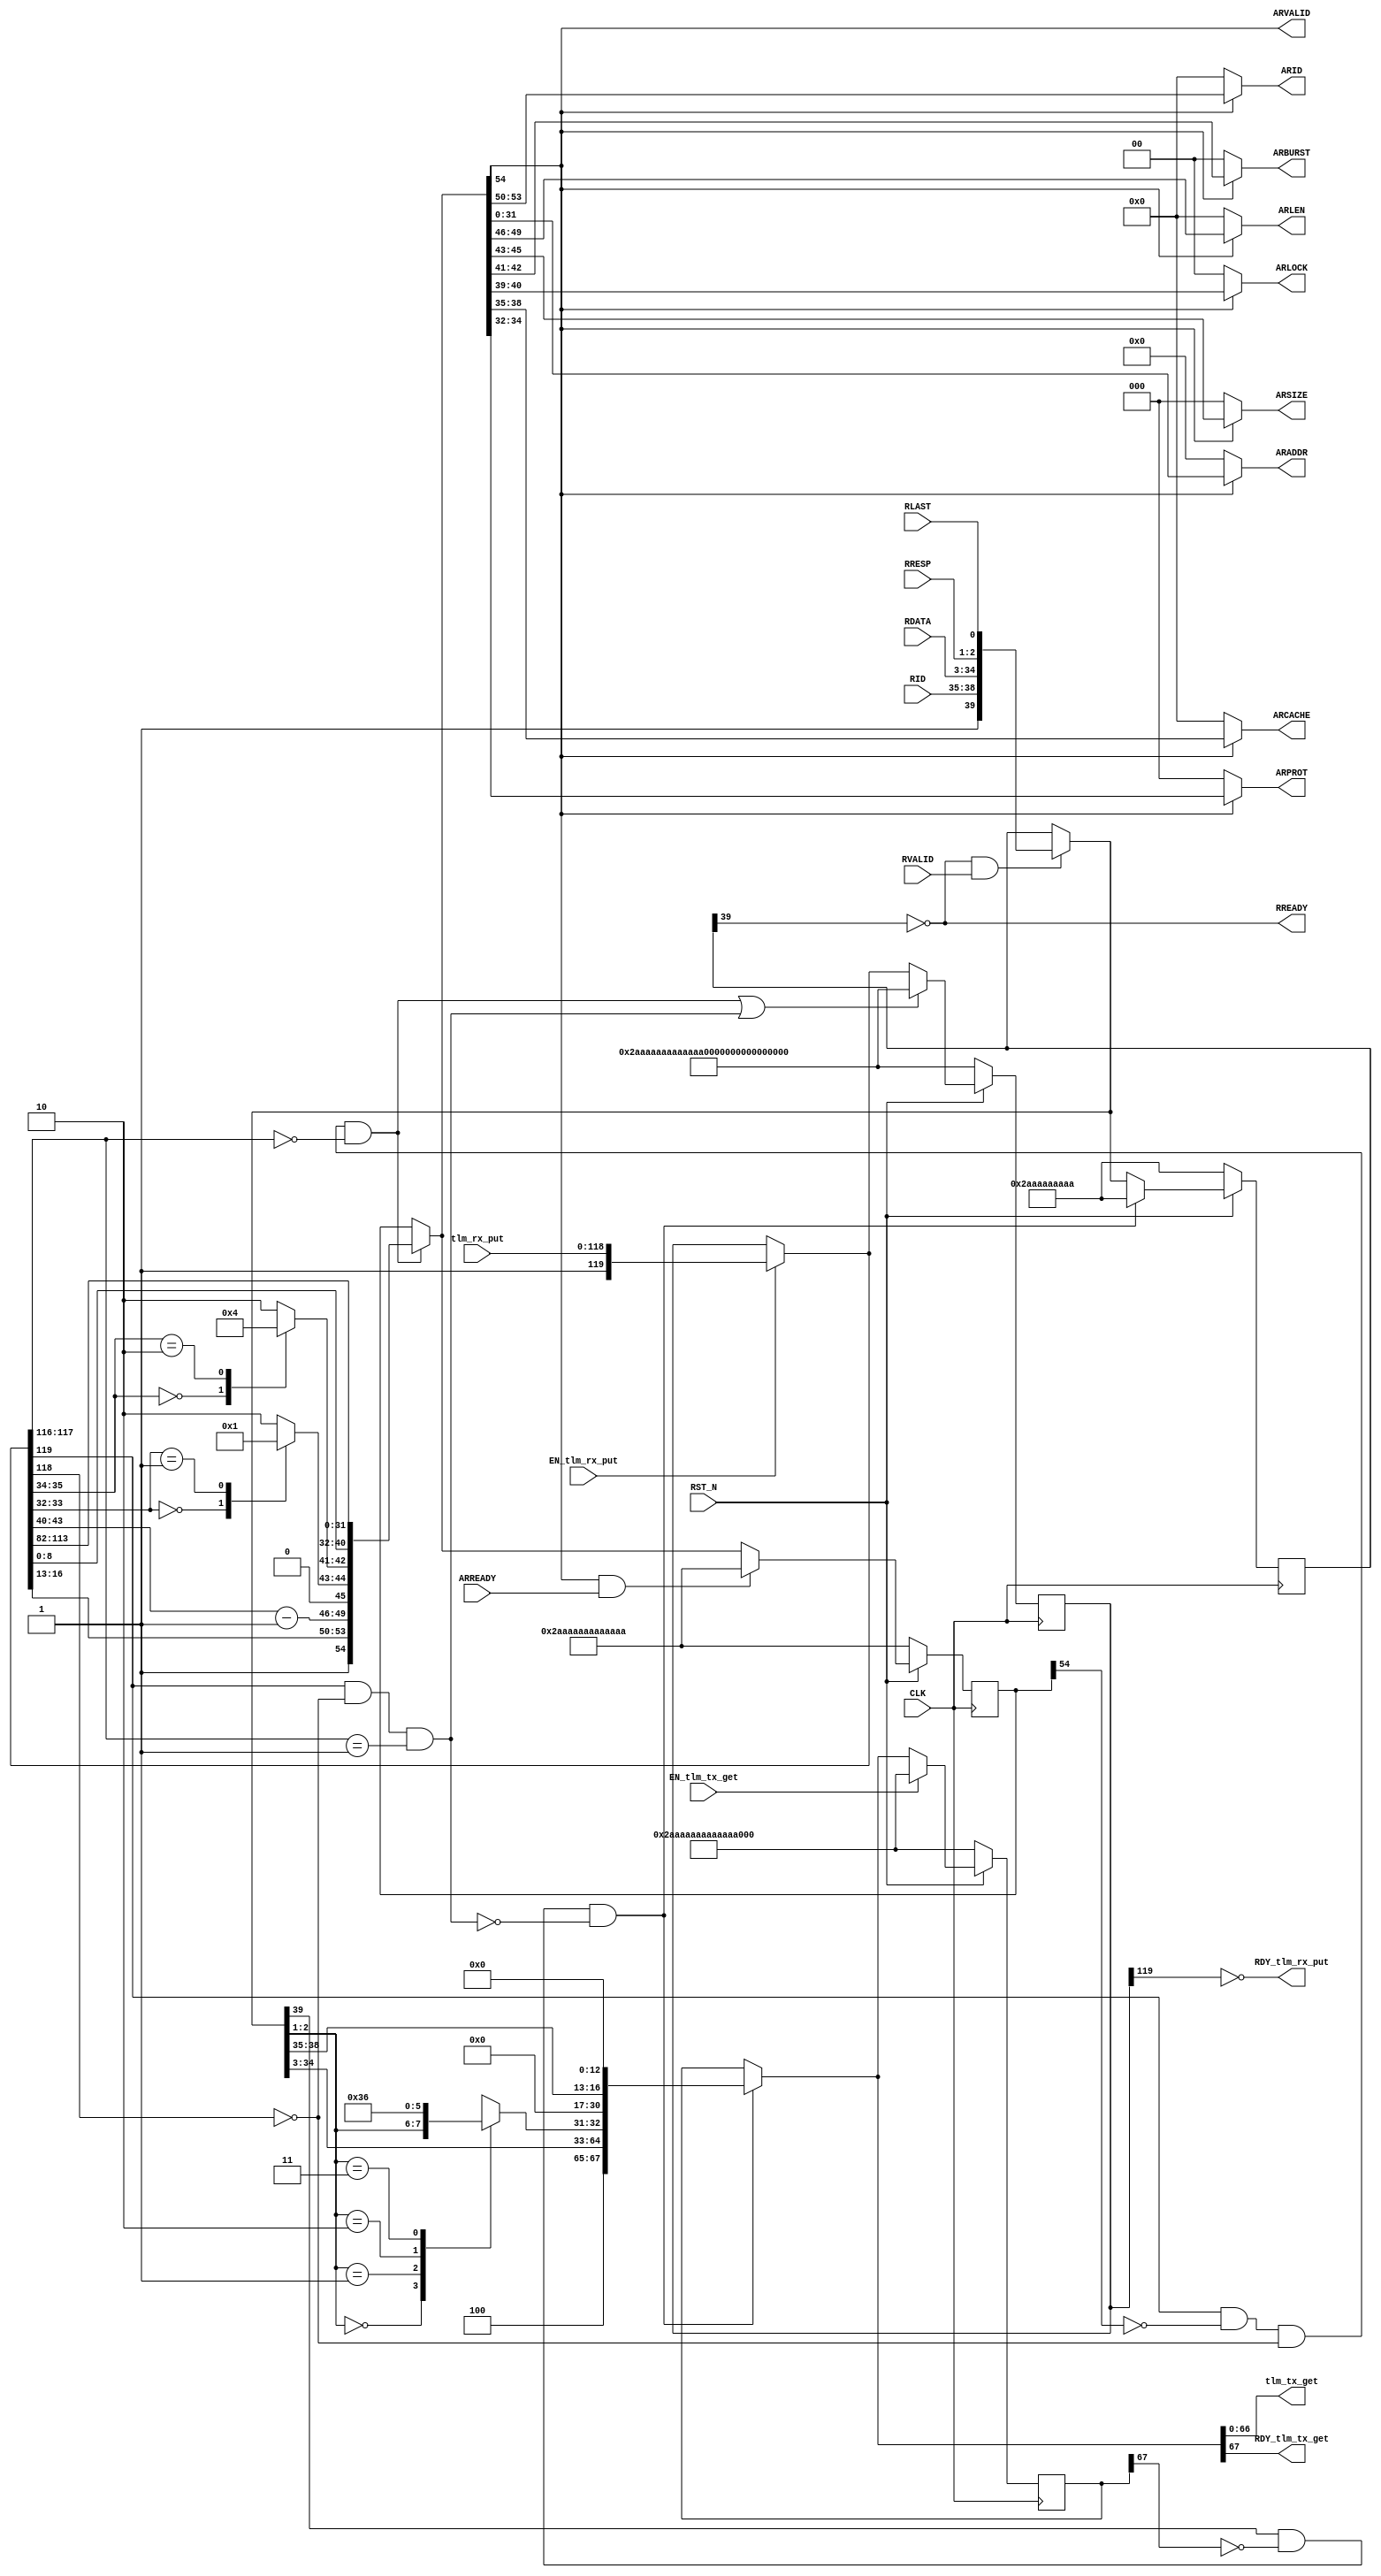
//
// Generated by Bluespec Compiler, version 2016.07.beta1 (build 34806, 2016-07-05)
//
// On Tue Mar 28 10:02:41 IST 2017
//
//
// Ports:
// Name                         I/O  size props
// tlm_tx_get                     O    67
// RDY_tlm_tx_get                 O     1
// RDY_tlm_rx_put                 O     1
// ARID                           O     4
// ARADDR                         O    32
// ARLEN                          O     4
// ARSIZE                         O     3
// ARBURST                        O     2
// ARLOCK                         O     2
// ARCACHE                        O     4
// ARPROT                         O     3
// ARVALID                        O     1
// RREADY                         O     1
// CLK                            I     1 clock
// RST_N                          I     1 reset
// tlm_rx_put                     I   119
// ARREADY                        I     1
// RID                            I     4
// RDATA                          I    32
// RRESP                          I     2
// RLAST                          I     1
// RVALID                         I     1
// EN_tlm_rx_put                  I     1
// EN_tlm_tx_get                  I     1
//
// Combinational paths from inputs to outputs:
//   (tlm_rx_put,
//    RID,
//    RDATA,
//    RRESP,
//    RLAST,
//    RVALID,
//    EN_tlm_rx_put) -> RDY_tlm_tx_get
//   (tlm_rx_put, EN_tlm_rx_put) -> ARID
//   (tlm_rx_put, EN_tlm_rx_put) -> ARADDR
//   (tlm_rx_put, EN_tlm_rx_put) -> ARLEN
//   (tlm_rx_put, EN_tlm_rx_put) -> ARSIZE
//   (tlm_rx_put, EN_tlm_rx_put) -> ARBURST
//   (tlm_rx_put, EN_tlm_rx_put) -> ARLOCK
//   (tlm_rx_put, EN_tlm_rx_put) -> ARCACHE
//   (tlm_rx_put, EN_tlm_rx_put) -> ARPROT
//   (tlm_rx_put, EN_tlm_rx_put) -> ARVALID
//   (tlm_rx_put, RID, RDATA, RRESP, RLAST, RVALID, EN_tlm_rx_put) -> tlm_tx_get
//
//

`ifdef BSV_ASSIGNMENT_DELAY
`else
  `define BSV_ASSIGNMENT_DELAY
`endif

`ifdef BSV_POSITIVE_RESET
  `define BSV_RESET_VALUE 1'b1
  `define BSV_RESET_EDGE posedge
`else
  `define BSV_RESET_VALUE 1'b0
  `define BSV_RESET_EDGE negedge
`endif

module mkAxiRdMasterStd(CLK,
			RST_N,

			EN_tlm_tx_get,
			tlm_tx_get,
			RDY_tlm_tx_get,

			tlm_rx_put,
			EN_tlm_rx_put,
			RDY_tlm_rx_put,

			ARID,

			ARADDR,

			ARLEN,

			ARSIZE,

			ARBURST,

			ARLOCK,

			ARCACHE,

			ARPROT,

			ARVALID,

			ARREADY,

			RREADY,

			RID,

			RDATA,

			RRESP,

			RLAST,

			RVALID);
  input  CLK;
  input  RST_N;

  // actionvalue method tlm_tx_get
  input  EN_tlm_tx_get;
  output [66 : 0] tlm_tx_get;
  output RDY_tlm_tx_get;

  // action method tlm_rx_put
  input  [118 : 0] tlm_rx_put;
  input  EN_tlm_rx_put;
  output RDY_tlm_rx_put;

  // value method fabric_bus_arID
  output [3 : 0] ARID;

  // value method fabric_bus_arADDR
  output [31 : 0] ARADDR;

  // value method fabric_bus_arLEN
  output [3 : 0] ARLEN;

  // value method fabric_bus_arSIZE
  output [2 : 0] ARSIZE;

  // value method fabric_bus_arBURST
  output [1 : 0] ARBURST;

  // value method fabric_bus_arLOCK
  output [1 : 0] ARLOCK;

  // value method fabric_bus_arCACHE
  output [3 : 0] ARCACHE;

  // value method fabric_bus_arPROT
  output [2 : 0] ARPROT;

  // value method fabric_bus_arVALID
  output ARVALID;

  // action method fabric_bus_arREADY
  input  ARREADY;

  // value method fabric_bus_rREADY
  output RREADY;

  // action method fabric_bus_rID
  input  [3 : 0] RID;

  // action method fabric_bus_rDATA
  input  [31 : 0] RDATA;

  // action method fabric_bus_rRESP
  input  [1 : 0] RRESP;

  // action method fabric_bus_rLAST
  input  RLAST;

  // action method fabric_bus_rVALID
  input  RVALID;

  // signals for module outputs
  wire [66 : 0] tlm_tx_get;
  wire [31 : 0] ARADDR;
  wire [3 : 0] ARCACHE, ARID, ARLEN;
  wire [2 : 0] ARPROT, ARSIZE;
  wire [1 : 0] ARBURST, ARLOCK;
  wire ARVALID, RDY_tlm_rx_put, RDY_tlm_tx_get, RREADY;

  // inlined wires
  wire [119 : 0] fifo_rx_rv$port0__write_1,
		 fifo_rx_rv$port1__read,
		 fifo_rx_rv$port1__write_1,
		 fifo_rx_rv$port2__read;
  wire [67 : 0] fifo_tx_rv$port0__write_1,
		fifo_tx_rv$port1__read,
		fifo_tx_rv$port1__write_1,
		fifo_tx_rv$port2__read;
  wire [54 : 0] rd_addr_fifo_fifof_rv$port0__write_1,
		rd_addr_fifo_fifof_rv$port1__read,
		rd_addr_fifo_fifof_rv$port1__write_1,
		rd_addr_fifo_fifof_rv$port2__read;
  wire [39 : 0] rd_resp_fifo_fifof_rv$port0__write_1,
		rd_resp_fifo_fifof_rv$port1__read,
		rd_resp_fifo_fifof_rv$port1__write_1,
		rd_resp_fifo_fifof_rv$port2__read;
  wire [38 : 0] rd_resp_fifo_data_wire$wget;
  wire fifo_rx_rv$EN_port1__write;

  // register count
  reg [9 : 0] count;
  wire [9 : 0] count$D_IN;
  wire count$EN;

  // register fifo_rx_rv
  reg [119 : 0] fifo_rx_rv;
  wire [119 : 0] fifo_rx_rv$D_IN;
  wire fifo_rx_rv$EN;

  // register fifo_tx_rv
  reg [67 : 0] fifo_tx_rv;
  wire [67 : 0] fifo_tx_rv$D_IN;
  wire fifo_tx_rv$EN;

  // register rd_addr_fifo_fifof_rv
  reg [54 : 0] rd_addr_fifo_fifof_rv;
  wire [54 : 0] rd_addr_fifo_fifof_rv$D_IN;
  wire rd_addr_fifo_fifof_rv$EN;

  // register rd_resp_fifo_fifof_rv
  reg [39 : 0] rd_resp_fifo_fifof_rv;
  wire [39 : 0] rd_resp_fifo_fifof_rv$D_IN;
  wire rd_resp_fifo_fifof_rv$EN;

  // rule scheduling signals
  wire CAN_FIRE_RL_every,
       CAN_FIRE_RL_grab_response,
       CAN_FIRE_RL_rd_addr_fifo_do_deq,
       CAN_FIRE_RL_rd_addr_fifo_get_data,
       CAN_FIRE_RL_rd_resp_fifo_do_enq,
       CAN_FIRE_RL_start_read,
       CAN_FIRE_RL_start_write,
       CAN_FIRE_fabric_bus_arREADY,
       CAN_FIRE_fabric_bus_rDATA,
       CAN_FIRE_fabric_bus_rID,
       CAN_FIRE_fabric_bus_rLAST,
       CAN_FIRE_fabric_bus_rRESP,
       CAN_FIRE_fabric_bus_rVALID,
       CAN_FIRE_tlm_rx_put,
       CAN_FIRE_tlm_tx_get,
       WILL_FIRE_RL_every,
       WILL_FIRE_RL_grab_response,
       WILL_FIRE_RL_rd_addr_fifo_do_deq,
       WILL_FIRE_RL_rd_addr_fifo_get_data,
       WILL_FIRE_RL_rd_resp_fifo_do_enq,
       WILL_FIRE_RL_start_read,
       WILL_FIRE_RL_start_write,
       WILL_FIRE_fabric_bus_arREADY,
       WILL_FIRE_fabric_bus_rDATA,
       WILL_FIRE_fabric_bus_rID,
       WILL_FIRE_fabric_bus_rLAST,
       WILL_FIRE_fabric_bus_rRESP,
       WILL_FIRE_fabric_bus_rVALID,
       WILL_FIRE_tlm_rx_put,
       WILL_FIRE_tlm_tx_get;

  // remaining internal signals
  reg [63 : 0] v__h2964;
  reg [2 : 0] x__h2286;
  reg [1 : 0] CASE_fifo_rx_rvport1__read_BITS_35_TO_34_0_1__ETC__q2,
	      CASE_rd_resp_fifo_fifof_rvport1__read_BITS_2__ETC__q1;
  wire [53 : 0] rd_addr_fifo_fifof_rvport1__read_BITS_53_TO_0__q3;
  wire [9 : 0] value__h2257;

  // actionvalue method tlm_tx_get
  assign tlm_tx_get = fifo_tx_rv$port1__read[66:0] ;
  assign RDY_tlm_tx_get = fifo_tx_rv$port1__read[67] ;
  assign CAN_FIRE_tlm_tx_get = fifo_tx_rv$port1__read[67] ;
  assign WILL_FIRE_tlm_tx_get = EN_tlm_tx_get ;

  // action method tlm_rx_put
  assign RDY_tlm_rx_put = !fifo_rx_rv[119] ;
  assign CAN_FIRE_tlm_rx_put = !fifo_rx_rv[119] ;
  assign WILL_FIRE_tlm_rx_put = EN_tlm_rx_put ;

  // value method fabric_bus_arID
  assign ARID =
	     rd_addr_fifo_fifof_rv$port1__read[54] ?
	       rd_addr_fifo_fifof_rvport1__read_BITS_53_TO_0__q3[53:50] :
	       4'd0 ;

  // value method fabric_bus_arADDR
  assign ARADDR =
	     rd_addr_fifo_fifof_rv$port1__read[54] ?
	       rd_addr_fifo_fifof_rvport1__read_BITS_53_TO_0__q3[31:0] :
	       32'd0 ;

  // value method fabric_bus_arLEN
  assign ARLEN =
	     rd_addr_fifo_fifof_rv$port1__read[54] ?
	       rd_addr_fifo_fifof_rvport1__read_BITS_53_TO_0__q3[49:46] :
	       4'd0 ;

  // value method fabric_bus_arSIZE
  assign ARSIZE =
	     rd_addr_fifo_fifof_rv$port1__read[54] ?
	       rd_addr_fifo_fifof_rvport1__read_BITS_53_TO_0__q3[45:43] :
	       3'd0 ;

  // value method fabric_bus_arBURST
  assign ARBURST =
	     rd_addr_fifo_fifof_rv$port1__read[54] ?
	       rd_addr_fifo_fifof_rvport1__read_BITS_53_TO_0__q3[42:41] :
	       2'd0 ;

  // value method fabric_bus_arLOCK
  assign ARLOCK =
	     rd_addr_fifo_fifof_rv$port1__read[54] ?
	       rd_addr_fifo_fifof_rvport1__read_BITS_53_TO_0__q3[40:39] :
	       2'd0 ;

  // value method fabric_bus_arCACHE
  assign ARCACHE =
	     rd_addr_fifo_fifof_rv$port1__read[54] ?
	       rd_addr_fifo_fifof_rvport1__read_BITS_53_TO_0__q3[38:35] :
	       4'd0 ;

  // value method fabric_bus_arPROT
  assign ARPROT =
	     rd_addr_fifo_fifof_rv$port1__read[54] ?
	       rd_addr_fifo_fifof_rvport1__read_BITS_53_TO_0__q3[34:32] :
	       3'd0 ;

  // value method fabric_bus_arVALID
  assign ARVALID = rd_addr_fifo_fifof_rv$port1__read[54] ;

  // action method fabric_bus_arREADY
  assign CAN_FIRE_fabric_bus_arREADY = 1'd1 ;
  assign WILL_FIRE_fabric_bus_arREADY = 1'd1 ;

  // value method fabric_bus_rREADY
  assign RREADY = !rd_resp_fifo_fifof_rv[39] ;

  // action method fabric_bus_rID
  assign CAN_FIRE_fabric_bus_rID = 1'd1 ;
  assign WILL_FIRE_fabric_bus_rID = 1'd1 ;

  // action method fabric_bus_rDATA
  assign CAN_FIRE_fabric_bus_rDATA = 1'd1 ;
  assign WILL_FIRE_fabric_bus_rDATA = 1'd1 ;

  // action method fabric_bus_rRESP
  assign CAN_FIRE_fabric_bus_rRESP = 1'd1 ;
  assign WILL_FIRE_fabric_bus_rRESP = 1'd1 ;

  // action method fabric_bus_rLAST
  assign CAN_FIRE_fabric_bus_rLAST = 1'd1 ;
  assign WILL_FIRE_fabric_bus_rLAST = 1'd1 ;

  // action method fabric_bus_rVALID
  assign CAN_FIRE_fabric_bus_rVALID = 1'd1 ;
  assign WILL_FIRE_fabric_bus_rVALID = 1'd1 ;

  // rule RL_every
  assign CAN_FIRE_RL_every = 1'd1 ;
  assign WILL_FIRE_RL_every = 1'd1 ;

  // rule RL_start_read
  assign CAN_FIRE_RL_start_read =
	     fifo_rx_rv$port1__read[119] && !rd_addr_fifo_fifof_rv[54] &&
	     !fifo_rx_rv$port1__read[118] &&
	     fifo_rx_rv$port1__read[117:116] == 2'd0 ;
  assign WILL_FIRE_RL_start_read = CAN_FIRE_RL_start_read ;

  // rule RL_start_write
  assign CAN_FIRE_RL_start_write =
	     fifo_rx_rv$port1__read[119] && !fifo_rx_rv$port1__read[118] &&
	     fifo_rx_rv$port1__read[117:116] == 2'd1 ;
  assign WILL_FIRE_RL_start_write = CAN_FIRE_RL_start_write ;

  // rule RL_rd_addr_fifo_get_data
  assign CAN_FIRE_RL_rd_addr_fifo_get_data =
	     rd_addr_fifo_fifof_rv$port1__read[54] ;
  assign WILL_FIRE_RL_rd_addr_fifo_get_data =
	     rd_addr_fifo_fifof_rv$port1__read[54] ;

  // rule RL_rd_addr_fifo_do_deq
  assign CAN_FIRE_RL_rd_addr_fifo_do_deq =
	     rd_addr_fifo_fifof_rv$port1__read[54] && ARREADY ;
  assign WILL_FIRE_RL_rd_addr_fifo_do_deq = CAN_FIRE_RL_rd_addr_fifo_do_deq ;

  // rule RL_rd_resp_fifo_do_enq
  assign CAN_FIRE_RL_rd_resp_fifo_do_enq =
	     !rd_resp_fifo_fifof_rv[39] && RVALID ;
  assign WILL_FIRE_RL_rd_resp_fifo_do_enq = CAN_FIRE_RL_rd_resp_fifo_do_enq ;

  // rule RL_grab_response
  assign CAN_FIRE_RL_grab_response =
	     rd_resp_fifo_fifof_rv$port1__read[39] && !fifo_tx_rv[67] ;
  assign WILL_FIRE_RL_grab_response =
	     CAN_FIRE_RL_grab_response && !WILL_FIRE_RL_start_write ;

  // inlined wires
  assign rd_resp_fifo_data_wire$wget = { RID, RDATA, RRESP, RLAST } ;
  assign rd_addr_fifo_fifof_rv$port0__write_1 =
	     { 1'd1,
	       fifo_rx_rv$port1__read[16:13],
	       value__h2257[3:0],
	       x__h2286,
	       CASE_fifo_rx_rvport1__read_BITS_35_TO_34_0_1__ETC__q2,
	       fifo_rx_rv$port1__read[8:0],
	       fifo_rx_rv$port1__read[113:82] } ;
  assign rd_addr_fifo_fifof_rv$port1__read =
	     CAN_FIRE_RL_start_read ?
	       rd_addr_fifo_fifof_rv$port0__write_1 :
	       rd_addr_fifo_fifof_rv ;
  assign rd_addr_fifo_fifof_rv$port1__write_1 =
	     { 1'd0, 54'h2AAAAAAAAAAAAA /* unspecified value */  } ;
  assign rd_addr_fifo_fifof_rv$port2__read =
	     CAN_FIRE_RL_rd_addr_fifo_do_deq ?
	       rd_addr_fifo_fifof_rv$port1__write_1 :
	       rd_addr_fifo_fifof_rv$port1__read ;
  assign rd_resp_fifo_fifof_rv$port0__write_1 =
	     { 1'd1, rd_resp_fifo_data_wire$wget } ;
  assign rd_resp_fifo_fifof_rv$port1__read =
	     CAN_FIRE_RL_rd_resp_fifo_do_enq ?
	       rd_resp_fifo_fifof_rv$port0__write_1 :
	       rd_resp_fifo_fifof_rv ;
  assign rd_resp_fifo_fifof_rv$port1__write_1 =
	     { 1'd0, 39'h2AAAAAAAAA /* unspecified value */  } ;
  assign rd_resp_fifo_fifof_rv$port2__read =
	     WILL_FIRE_RL_grab_response ?
	       rd_resp_fifo_fifof_rv$port1__write_1 :
	       rd_resp_fifo_fifof_rv$port1__read ;
  assign fifo_rx_rv$port0__write_1 = { 1'd1, tlm_rx_put } ;
  assign fifo_rx_rv$port1__read =
	     EN_tlm_rx_put ? fifo_rx_rv$port0__write_1 : fifo_rx_rv ;
  assign fifo_rx_rv$EN_port1__write =
	     WILL_FIRE_RL_start_read || WILL_FIRE_RL_start_write ;
  assign fifo_rx_rv$port1__write_1 =
	     { 1'd0,
	       119'h2AAAAAAAAAAAAAAAAAAAAAAAAAAAAA /* unspecified value */  } ;
  assign fifo_rx_rv$port2__read =
	     fifo_rx_rv$EN_port1__write ?
	       fifo_rx_rv$port1__write_1 :
	       fifo_rx_rv$port1__read ;
  assign fifo_tx_rv$port0__write_1 =
	     { 3'd4,
	       rd_resp_fifo_fifof_rv$port1__read[34:3],
	       CASE_rd_resp_fifo_fifof_rvport1__read_BITS_2__ETC__q1,
	       14'd0,
	       rd_resp_fifo_fifof_rv$port1__read[38:35],
	       13'd0 } ;
  assign fifo_tx_rv$port1__read =
	     WILL_FIRE_RL_grab_response ?
	       fifo_tx_rv$port0__write_1 :
	       fifo_tx_rv ;
  assign fifo_tx_rv$port1__write_1 =
	     { 1'd0, 67'h2AAAAAAAAAAAAAAAA /* unspecified value */  } ;
  assign fifo_tx_rv$port2__read =
	     EN_tlm_tx_get ?
	       fifo_tx_rv$port1__write_1 :
	       fifo_tx_rv$port1__read ;

  // register count
  assign count$D_IN = 10'h0 ;
  assign count$EN = 1'b0 ;

  // register fifo_rx_rv
  assign fifo_rx_rv$D_IN = fifo_rx_rv$port2__read ;
  assign fifo_rx_rv$EN = 1'b1 ;

  // register fifo_tx_rv
  assign fifo_tx_rv$D_IN = fifo_tx_rv$port2__read ;
  assign fifo_tx_rv$EN = 1'b1 ;

  // register rd_addr_fifo_fifof_rv
  assign rd_addr_fifo_fifof_rv$D_IN = rd_addr_fifo_fifof_rv$port2__read ;
  assign rd_addr_fifo_fifof_rv$EN = 1'b1 ;

  // register rd_resp_fifo_fifof_rv
  assign rd_resp_fifo_fifof_rv$D_IN = rd_resp_fifo_fifof_rv$port2__read ;
  assign rd_resp_fifo_fifof_rv$EN = 1'b1 ;

  // remaining internal signals
  assign rd_addr_fifo_fifof_rvport1__read_BITS_53_TO_0__q3 =
	     rd_addr_fifo_fifof_rv$port1__read[53:0] ;
  assign value__h2257 = fifo_rx_rv$port1__read[49:40] - 10'd1 ;
  always@(rd_resp_fifo_fifof_rv$port1__read)
  begin
    case (rd_resp_fifo_fifof_rv$port1__read[2:1])
      2'd0:
	  CASE_rd_resp_fifo_fifof_rvport1__read_BITS_2__ETC__q1 =
	      rd_resp_fifo_fifof_rv$port1__read[2:1];
      2'd1: CASE_rd_resp_fifo_fifof_rvport1__read_BITS_2__ETC__q1 = 2'd3;
      2'd2: CASE_rd_resp_fifo_fifof_rvport1__read_BITS_2__ETC__q1 = 2'd1;
      2'd3: CASE_rd_resp_fifo_fifof_rvport1__read_BITS_2__ETC__q1 = 2'd2;
    endcase
  end
  always@(fifo_rx_rv$port1__read)
  begin
    case (fifo_rx_rv$port1__read[33:32])
      2'd0: x__h2286 = 3'd0;
      2'd1: x__h2286 = 3'd1;
      default: x__h2286 = 3'd2;
    endcase
  end
  always@(fifo_rx_rv$port1__read)
  begin
    case (fifo_rx_rv$port1__read[35:34])
      2'd0: CASE_fifo_rx_rvport1__read_BITS_35_TO_34_0_1__ETC__q2 = 2'd1;
      2'd2: CASE_fifo_rx_rvport1__read_BITS_35_TO_34_0_1__ETC__q2 = 2'd0;
      default: CASE_fifo_rx_rvport1__read_BITS_35_TO_34_0_1__ETC__q2 = 2'd2;
    endcase
  end

  // handling of inlined registers

  always@(posedge CLK)
  begin
    if (RST_N == `BSV_RESET_VALUE)
      begin
        count <= `BSV_ASSIGNMENT_DELAY 10'd0;
	fifo_rx_rv <= `BSV_ASSIGNMENT_DELAY
	    { 1'd0,
	      119'h2AAAAAAAAAAAAAAAAAAAAAAAAAAAAA /* unspecified value */  };
	fifo_tx_rv <= `BSV_ASSIGNMENT_DELAY
	    { 1'd0, 67'h2AAAAAAAAAAAAAAAA /* unspecified value */  };
	rd_addr_fifo_fifof_rv <= `BSV_ASSIGNMENT_DELAY
	    { 1'd0, 54'h2AAAAAAAAAAAAA /* unspecified value */  };
	rd_resp_fifo_fifof_rv <= `BSV_ASSIGNMENT_DELAY
	    { 1'd0, 39'h2AAAAAAAAA /* unspecified value */  };
      end
    else
      begin
        if (count$EN) count <= `BSV_ASSIGNMENT_DELAY count$D_IN;
	if (fifo_rx_rv$EN)
	  fifo_rx_rv <= `BSV_ASSIGNMENT_DELAY fifo_rx_rv$D_IN;
	if (fifo_tx_rv$EN)
	  fifo_tx_rv <= `BSV_ASSIGNMENT_DELAY fifo_tx_rv$D_IN;
	if (rd_addr_fifo_fifof_rv$EN)
	  rd_addr_fifo_fifof_rv <= `BSV_ASSIGNMENT_DELAY
	      rd_addr_fifo_fifof_rv$D_IN;
	if (rd_resp_fifo_fifof_rv$EN)
	  rd_resp_fifo_fifof_rv <= `BSV_ASSIGNMENT_DELAY
	      rd_resp_fifo_fifof_rv$D_IN;
      end
  end

  // synopsys translate_off
  `ifdef BSV_NO_INITIAL_BLOCKS
  `else // not BSV_NO_INITIAL_BLOCKS
  initial
  begin
    count = 10'h2AA;
    fifo_rx_rv = 120'hAAAAAAAAAAAAAAAAAAAAAAAAAAAAAA;
    fifo_tx_rv = 68'hAAAAAAAAAAAAAAAAA;
    rd_addr_fifo_fifof_rv = 55'h2AAAAAAAAAAAAA;
    rd_resp_fifo_fifof_rv = 40'hAAAAAAAAAA;
  end
  `endif // BSV_NO_INITIAL_BLOCKS
  // synopsys translate_on

  // handling of system tasks

  // synopsys translate_off
  always@(negedge CLK)
  begin
    #0;
    if (RST_N != `BSV_RESET_VALUE)
      if (WILL_FIRE_RL_start_write)
	begin
	  v__h2964 = $time;
	  #0;
	end
    if (RST_N != `BSV_RESET_VALUE)
      if (WILL_FIRE_RL_start_write)
	$display("(%0d) ERROR: AxiRdMaster cannot handle WRITE ops!",
		 v__h2964);
  end
  // synopsys translate_on
endmodule  // mkAxiRdMasterStd